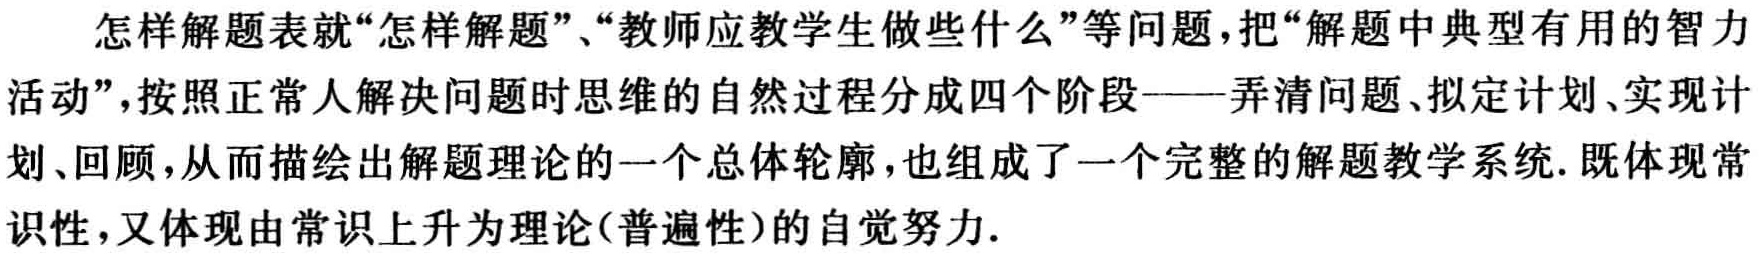
怎样解题表就“怎样解题”、“教师应教学生做些什么”等问题，把“解题中典型有用的智力活动”，按照正常人解决问题时思维的自然过程分成四个阶段——弄清问题、拟定计划、实现计划、回顾，从而描绘出解题理论的一个总体轮廓，也组成了一个完整的解题教学系统. 既体现常识性，又体现由常识上升为理论(普遍性)的自觉努力.